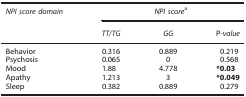
| NPI score domain | <COLSPAN=3> NPI scorea |
 |  | TT/TG | GG | P-value |
 | --- | --- | --- | --- |
 | Behavior | 0.316 | 0.889 | 0.219 |
 | Psychosis | 0.065 | 0 | 0.568 |
 | Mood | 1.88 | 4.778 | *0.03 |
 | Apathy | 1.213 | 3 | *0.049 |
 | Sleep | 0.382 | 0.889 | 0.279 |